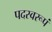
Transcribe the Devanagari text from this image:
पदस्वरूपं